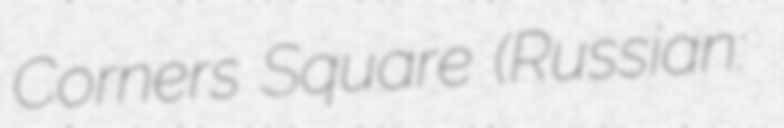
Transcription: Corners Square (Russian: Площадь